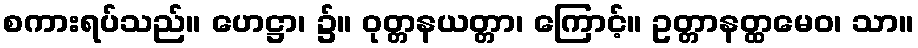
စကားရပ်သည်။ ဟေဋ္ဌာ၊ ၌။ ဝုတ္တနယတ္တာ၊ ကြောင့်။ ဥတ္တာနတ္ထမေဝ၊ သာ။